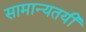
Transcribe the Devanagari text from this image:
सामान्यतयी